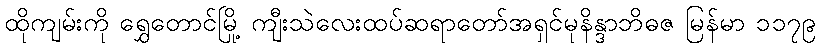
ထိုကျမ်းကို ရွှေတောင်မြို့ ကျီးသဲလေးထပ်ဆရာတော်အရှင်မုနိန္ဒာဘိဓဇ မြန်မာ ၁၁၇၉